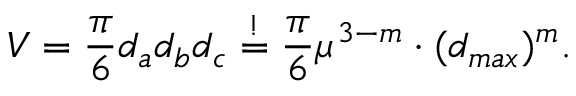
V = \frac { \pi } { 6 } d _ { a } d _ { b } d _ { c } \overset { ! } { = } \frac { \pi } { 6 } \mu ^ { 3 - m } \cdot ( d _ { m a x } ) ^ { m } .